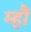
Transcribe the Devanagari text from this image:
म्हौं